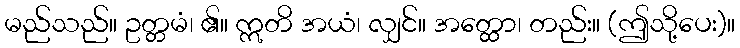
မည်သည်။ ဥတ္တမံ၊ ၏။ ဣတိ အယံ၊ လျှင်။ အတ္ထော၊ တည်း။ (ဤသို့ပေး)။